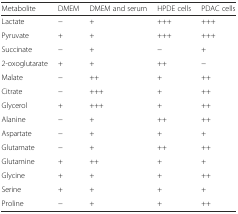
| Metabolite | DMEM | DMEM and serum | HPDE cells | PDAC cells |
 | --- | --- | --- | --- | --- |
 | Lactate | − | + | +++ | +++ |
 | Pyruvate | + | + | +++ | +++ |
 | Succinate | − | + | − | + |
 | 2-oxoglutarate | + | + | ++ | − |
 | Malate | − | ++ | + | ++ |
 | Citrate | − | +++ | + | ++ |
 | Glycerol | + | +++ | + | ++ |
 | Alanine | − | + | ++ | ++ |
 | Aspartate | − | + | + | + |
 | Glutamate | − | + | ++ | ++ |
 | Glutamine | + | ++ | + | + |
 | Glycine | + | + | + | ++ |
 | Serine | + | + | + | + |
 | Proline | − | + | + | ++ |